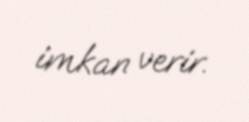
imkan verir.